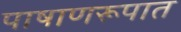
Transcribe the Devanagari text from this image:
पाषाणरूपात